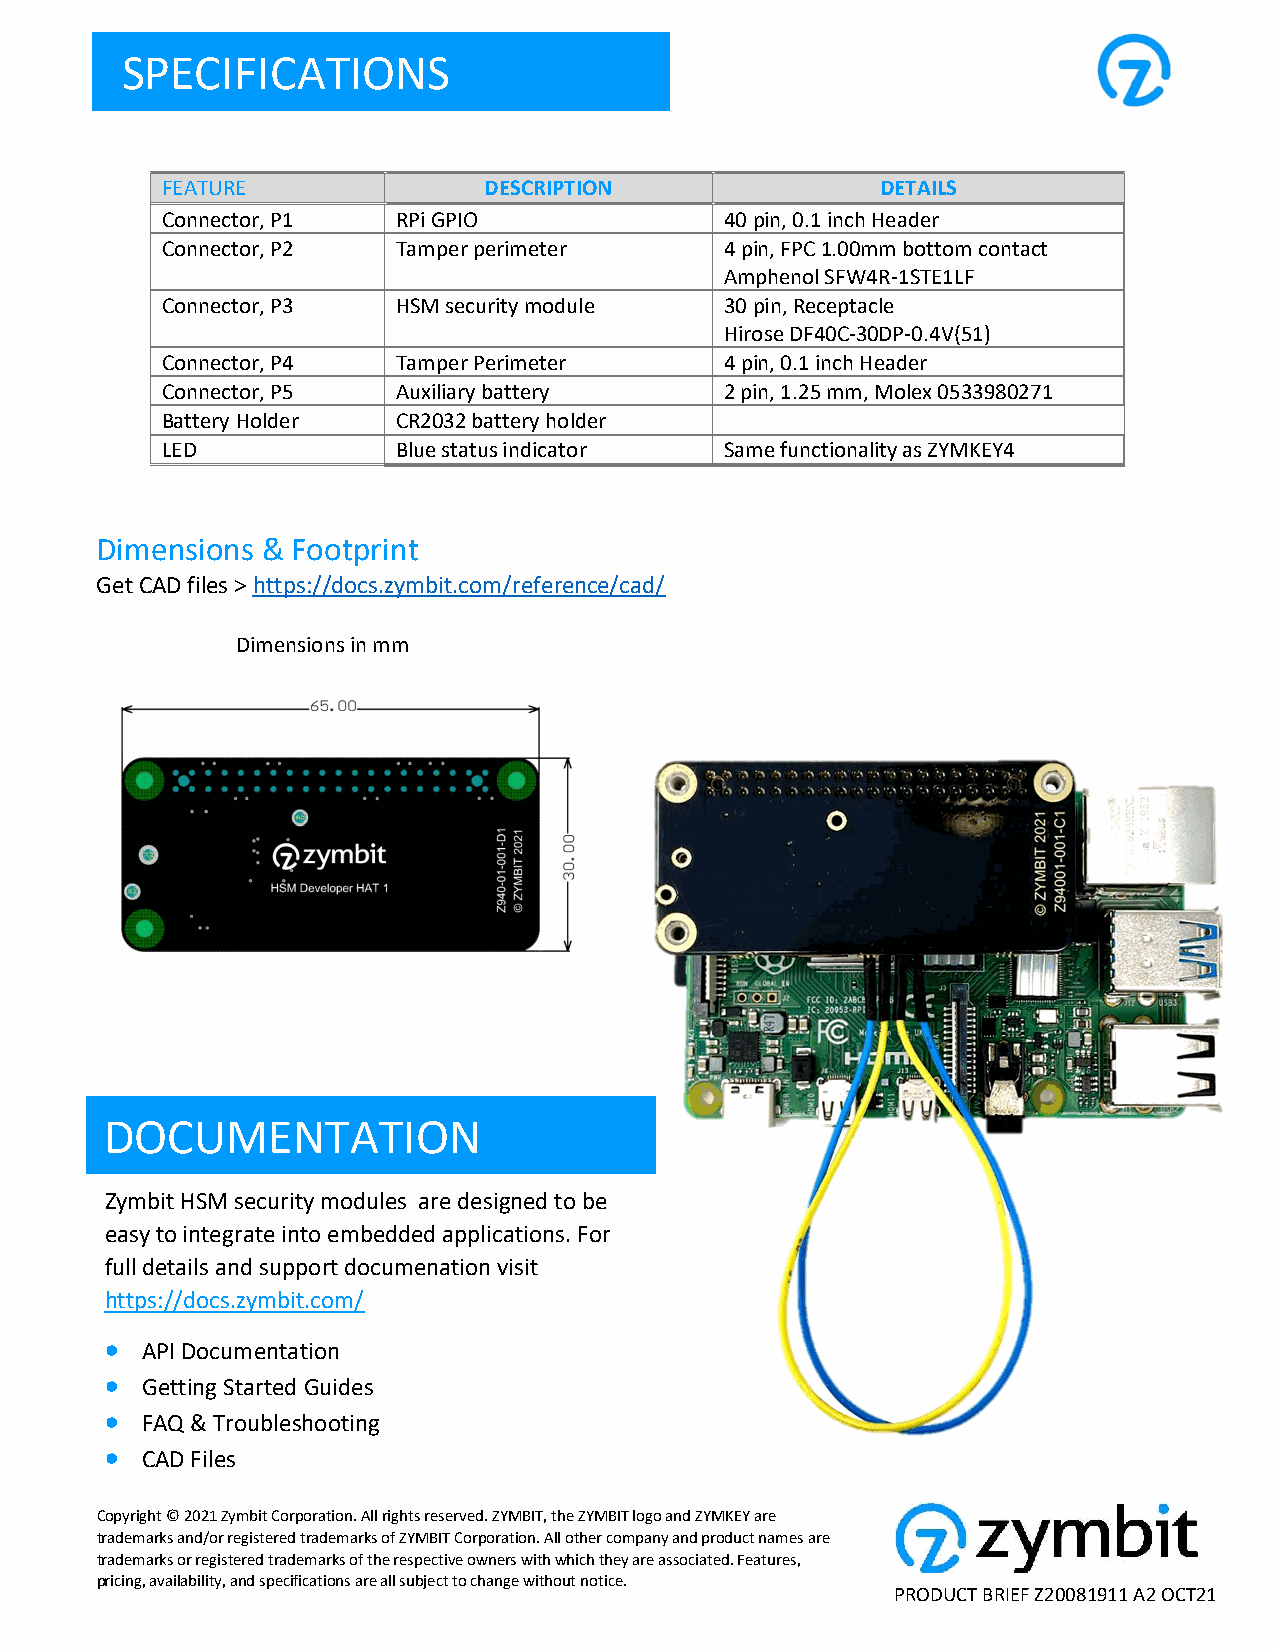
SPECIFICATIONS
 FEATURE              DESCRIPTION               DETAILS
 Connector, P1  RPi GPIO              40 pin, 0.1 inch Header
 Connector, P2  Tamper perimeter      4 pin, FPC 1.00mm bottom contact
 Amphenol SFW4R-1STE1LF
 Connector, P3  HSM security module   30 pin, Receptacle
 Hirose DF40C-30DP-0.4V(51)
 Connector, P4  Tamper Perimeter      4 pin, 0.1 inch Header
 Connector, P5  Auxiliary battery     2 pin, 1.25 mm, Molex 0533980271
 Battery Holder CR2032 battery holder
 LED            Blue status indicator Same functionality as ZYMKEY4
 Dimensions & Footprint
 Get CAD files > https://docs.zymbit.com/reference/cad/
 Dimensions in mm
 DOCUMENTATION
 Zymbit HSM security modules are designed to be
 easy to integrate into embedded applications. For
 full details and support documenation visit
 https://docs.zymbit.com/
  API Documentation
  Getting Started Guides
  FAQ & Troubleshooting
  CAD Files
  Reference Materials
 Copyright © 2021 Zymbit Corporation. All rights reserved. ZYMBIT, the ZYMBIT logo and ZYMKEY are
 trademarks and/or registered trademarks of ZYMBIT Corporation. All other company and product names are
 trademarks or registered trademarks of the respective owners with which they are associated. Features,
 pricing, availability, and specifications are all subject to change without notice.
 PRODUCT BRIEF Z20081911 A2 OCT21
 2021